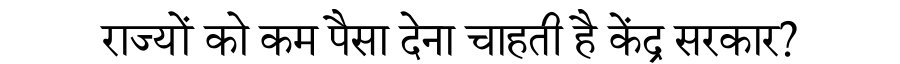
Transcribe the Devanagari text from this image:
राज्यों को कम पैसा देना चाहती है केंद्र सरकार?